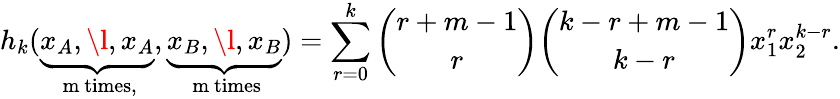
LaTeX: h_{k}(\underbrace{x_{A},\l,x_{A}}_{\mathrm{~m~times,}},\underbrace{x_{B},\l,x_{B}}_{\mathrm{~m~times}})=\sum_{r=0}^{k}{\binom{r+m-1}{r}}{\binom{k-r+m-1}{k-r}}x_{1}^{r}x_{2}^{k-r}.